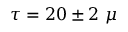
\tau = 2 0 \pm 2 \, \, \mu